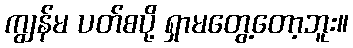
ကျွန်မ ပတ်စပို့ ရှာမတွေ့တော့ဘူး။